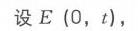
设 \(E(0,t)\)，